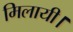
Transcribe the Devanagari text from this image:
मिलायी।